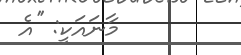
މާނައަކީ: ''އެ